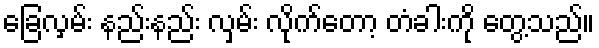
ခြေလှမ်း နည်းနည်း လှမ်း လိုက်တော့ တံခါးကို တွေ့သည်။